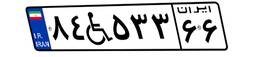
۸۴W۵۳۳۶۶